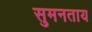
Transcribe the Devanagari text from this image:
सुमनताय